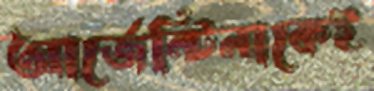
আর্জেন্টিনাকেই